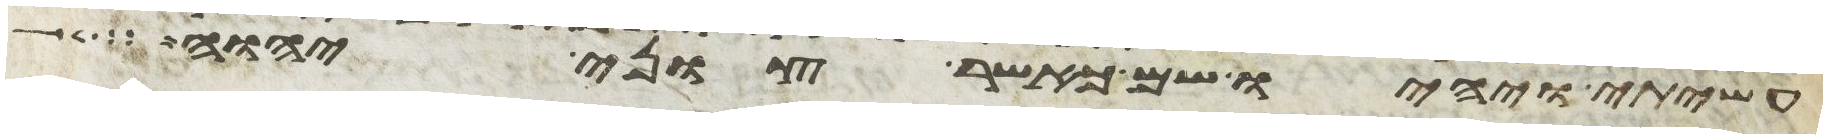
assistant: עשיתי ויהיו שם כאשר צוני יהוה